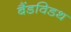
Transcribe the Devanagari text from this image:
बैंडविडथ